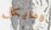
ومايكل